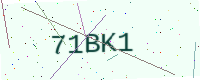
Text: 71BK1